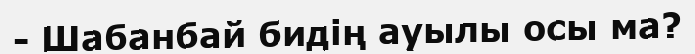
- Шабанбай бидің ауылы осы ма?